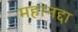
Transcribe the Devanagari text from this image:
महानद्दा